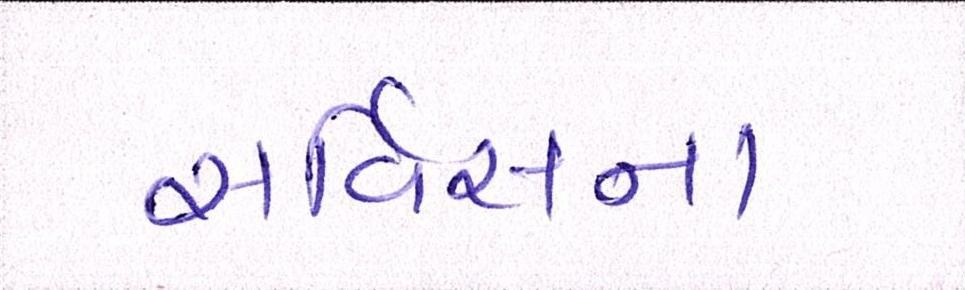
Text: સર્વિસના